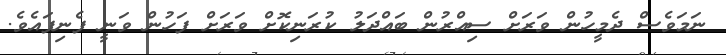
ނަމަވެސް ދެމީހުން ވަރަށް ސިއްރުން ބައްދަލު ކުރަނިކޮށް ވަރަށް ފަހުން ވަނީ ފެނިފައެވެ.